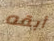
أبقه